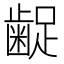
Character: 𮯇